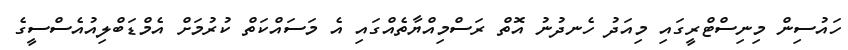
ހައުސިން މިނިސްޓްރީގައި މިއަދު ހެނދުނު އޮތް ރަސްމިއްޔާތެއްގައި އެ މަސައްކަތް ކުރުމަށް އެމްޑަބްލިއުއެސްސީގެ